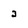
Character: 3